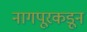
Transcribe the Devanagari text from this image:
नागपूरकडून